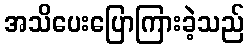
အသိပေးပြောကြားခဲ့သည်